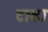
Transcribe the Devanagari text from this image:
टाढा